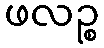
ဖလဉ္စ